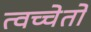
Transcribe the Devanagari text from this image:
त्वच्चेतो